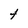
Character: t